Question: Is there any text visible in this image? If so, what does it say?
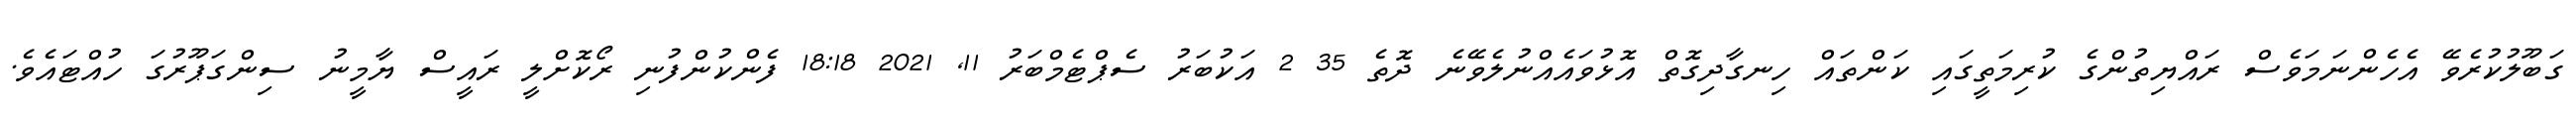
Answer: ގަބޫލުކުރެވޭ އެހެންނަމަވެސް ރައްޔިތުންގެ ކުރިމަތީގައި ކަންތައް ހިނގާދިގޮތް އޮޅުވައެއްނުލެވޭނެ ދޮތެ 35 2 އަކުބަރު ސެޕްޓެމްބަރު 11, 2021 18:18 ފެންކުންފުނި ރޯކޮށްލީ ރައީސް ޔާމީނު ސިންގަޕޫރުގަ ހުއްޓައެވެ.